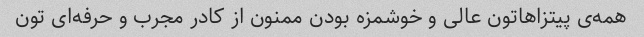
همه‌ی پیتزاهاتون عالی و خوشمزه بودن ممنون از کادر مجرب و حرفه‌ای تون